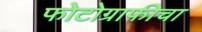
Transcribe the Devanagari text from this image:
फोटोग्राफीचा